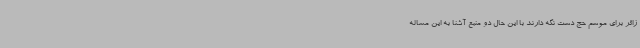
زائر برای موسم حج دست نگه دارند با این حال دو منبع آشنا به این مساله